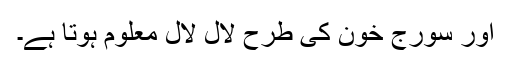
اور سورج خون کی طرح لال لال معلوم ہوتا ہے۔